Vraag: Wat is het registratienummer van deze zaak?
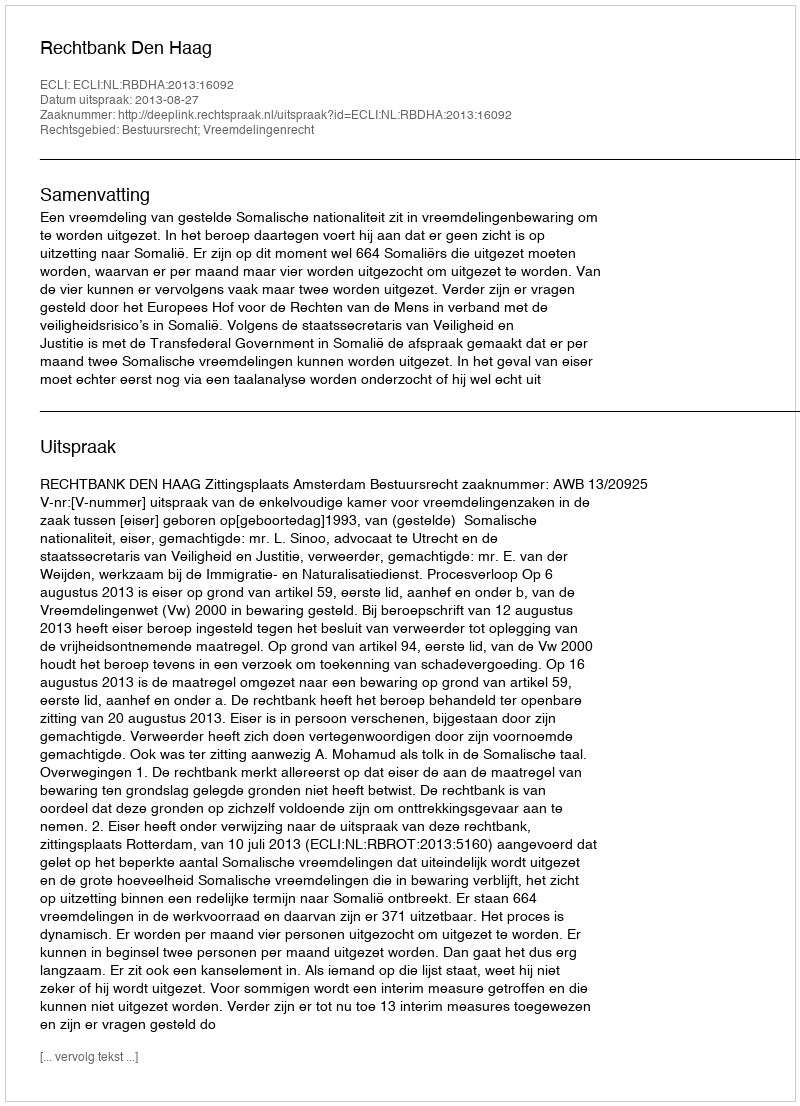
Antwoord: http://deeplink.rechtspraak.nl/uitspraak?id=ECLI:NL:RBDHA:2013:16092